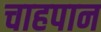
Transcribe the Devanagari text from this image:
चाहपान